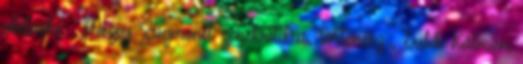
alelnöke , Mezey Zsigmond zenekritikus, történész , Sulik Kálmán